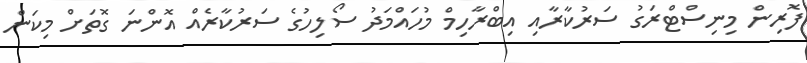
ފޮރިން މިނިސްޓްރަގު ސަރުކާރާއި އިބްރާހިމް މުހައްމަދު ސޯލިހުގެ ސަރުކާރެއް އޮންނަ ގޮތަށް މިކަން